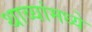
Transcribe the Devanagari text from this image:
थाव्यांमध्ये